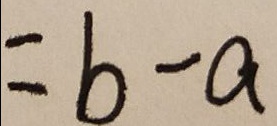
= b - a